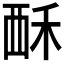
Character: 𫌚